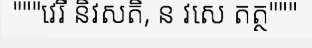
"""វេរី និវសតិ, ន វសេ តត្ថ"""